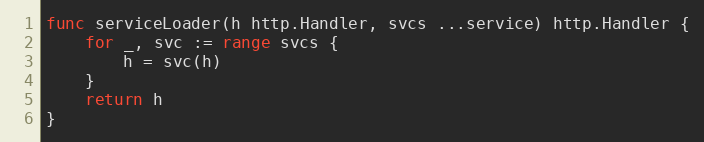
Language: Go
func serviceLoader(h http.Handler, svcs ...service) http.Handler {
	for _, svc := range svcs {
		h = svc(h)
	}
	return h
}